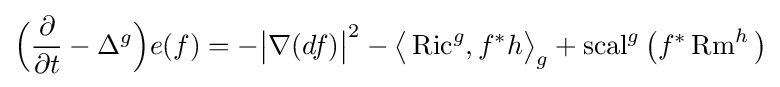
{\Big (}{\frac {\partial }{\partial t}}-\Delta ^{g}{\Big )}e(f)=-{\big |}\nabla (df){\big |}^{2}-{\big \langle }\operatorname {Ric} ^{g},f^{\ast }h{\big \rangle }_{g}+\operatorname {scal} ^{g}{\big (}f^{\ast }\operatorname {Rm} ^{h}{\big )}